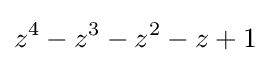
z^{4}-z^{3}-z^{2}-z+1